Report of the Municipal Commissioner on the plague in Bombay for the year ending 31st May... - Volume 3
Disease focus: Plague
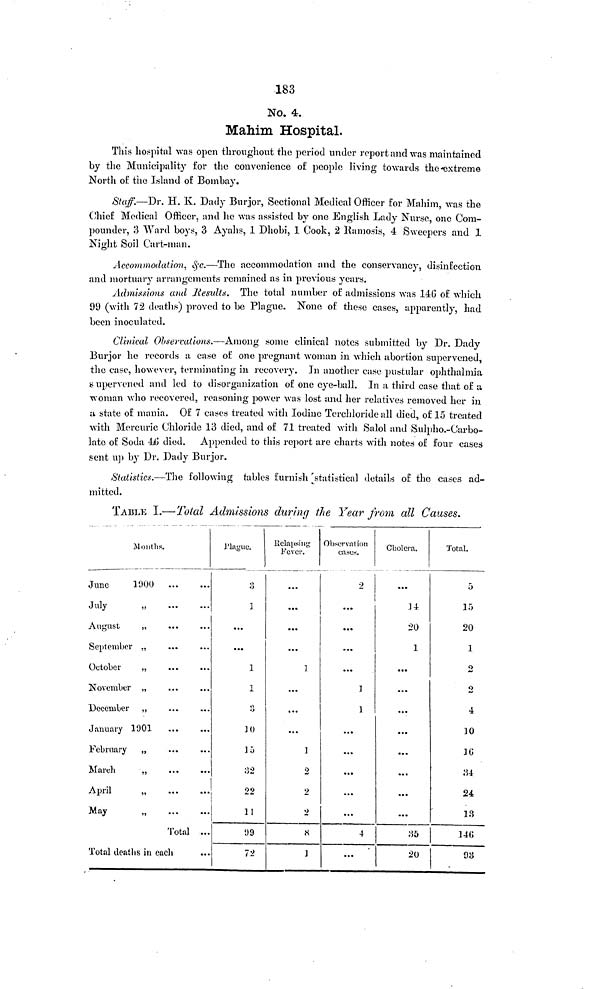
183
No. 4.
Mahim Hospital,
This hospital was open throughout the period under report and was maintained
by the Municipality for the convenience of people living towards the-extreme
North of: the Island of Bombay.
Staff.—Dr. H. K. Dady Burjor, Sectional Medical Officer for Mahim, was the
Chief Medical Officer, and lie was assisted by one English Lady Nurse, one Com-
pounder, 3 Ward boys, 3 Ayahs, 1 Dhobi, 1 Cook, 2 Ramosis, 4 Sweepers and 1
Night Soil Cart-man.
Accommodation, §.c.—The accommodation and the conservancy, disinfection,
and mortuary arrangements remained as in previous years.
Admissions and Results. The total number of admissions was 146 of which
99 (with 72 deaths) proved to be Plague. None of these cases, apparently, had
been inoculated.
Clinical Observations.—Among some clinical notes submitted by Dr. Dady
Burjor he records a case of one pregnant woman in which abortion supervened,
the case, however, terminating in recovery. In another case pustular ophthalmia
s upervened and led to disorganization of one eye-ball. In ti third case that of a
woman who recovered, reasoning power was lost and her relatives removed her in
a state of mania. Of 7 cases treated with Iodine Terchloride all died, of 15 treated
with Mercuric Chloride 13 died, and of 71 treated with Salol and Sulpho.-Carbo-
late of Soda 46 died. Appended to this report are charts with notes of four cases
sent up by Dr. Dady Burjor.
Statistics.—The following tables furnish statistical details of the cases ad-
mitted.
TABLE I.—Total Admissions during the Year from all Causes.
Months
June
1900
July
))
August
„
September „
October
„
November „
December ,,
January 1901
February „
March
,,
April
„
May
...
...
...
...
...
...
...
...
...
...
...
...
Total
Total deaths in each
...
...
...
...
...
...
...
...
...
...
...
...
...
Plague.
3
1
...
...
1
1
3
1()
15
32
22
11
99
72
Relapsing
Fever.
...
...
...
...
]
...
...
...
]
2
2
2
8
1
Observation
cases.
2
...
...
...
...
1
1
...
...
...
...
...
4
...
Cholera.
...
14
20
1
...
...
...
...
...
...
...
...
:55
20
Total.
5
15
20
1
0
2
4
10
16
84
24
13
146
93